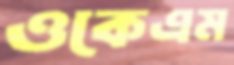
ওকেএম